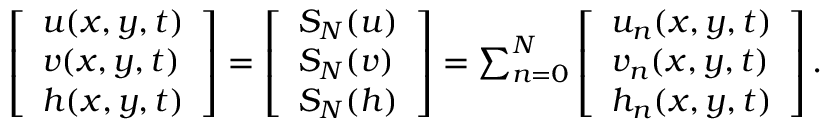
\begin{array} { r } { \left[ \begin{array} { l } { u ( x , y , t ) } \\ { v ( x , y , t ) } \\ { h ( x , y , t ) } \end{array} \right] = \left[ \begin{array} { l } { S _ { N } ( u ) } \\ { S _ { N } ( v ) } \\ { S _ { N } ( h ) } \end{array} \right] = \sum _ { n = 0 } ^ { N } \left[ \begin{array} { l } { u _ { n } ( x , y , t ) } \\ { v _ { n } ( x , y , t ) } \\ { h _ { n } ( x , y , t ) } \end{array} \right] . } \end{array}